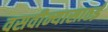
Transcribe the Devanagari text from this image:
वसवीन्यासाठई